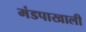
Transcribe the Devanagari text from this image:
मंडपाखाली